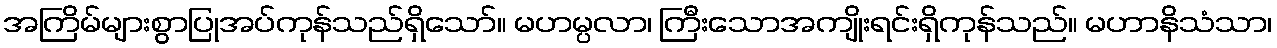
အကြိမ်များစွာပြုအပ်ကုန်သည်ရှိသော်။ မဟမ္ပလာ၊ ကြီးသောအကျိုးရင်းရှိကုန်သည်။ မဟာနိသံသာ၊